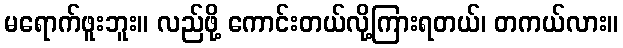
မရောက်ဖူးဘူး။ လည်ဖို့ ကောင်းတယ်လို့ကြားရတယ်၊ တကယ်လား။